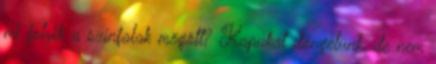
mi folyik a színfalak mögött? Kapukat döngetünk, de nem